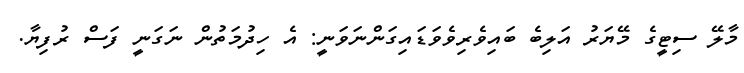
މާލޭ ސިޓީގެ މޭޔަރު އަލިބެ ބައިވެރިވެވަޑައިގަންނަވަނީ: އެ ހިދުމަތުން ނަގަނީ ފަސް ރުފިޔާ.